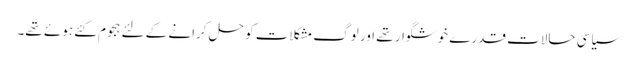
سیاسی حالات قدرے خوشگوار تھے اور لوگ مشکلات کو حل کرانے کے لئے ہجوم کئے ہوئے تھے۔